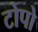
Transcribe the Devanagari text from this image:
टोपो